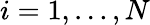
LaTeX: i=1,\ldots,N